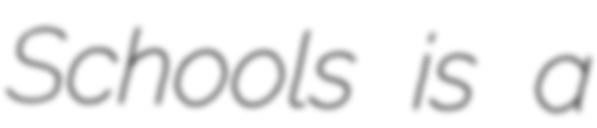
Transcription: Schools is a